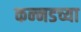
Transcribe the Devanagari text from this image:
कन्‍नडच्या